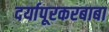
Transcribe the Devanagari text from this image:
दर्यापूरकरबाबा